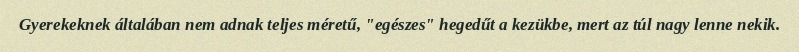
Gyerekeknek általában nem adnak teljes méretű, "egészes" hegedűt a kezükbe, mert az túl nagy lenne nekik.